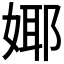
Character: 𭒅